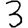
Digit: 3